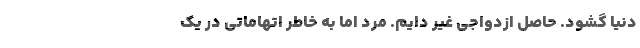
دنیا گشود. حاصل ازدواجی غیر دایم. مرد اما به خاطر اتهاماتی در یک